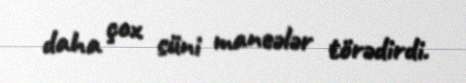
daha çox süni maneələr törədirdi.